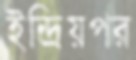
ইন্দ্রিয়পর